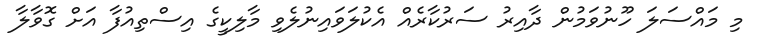
މި މައްސަލަ ހޫނުވަމުން ދާއިރު ސަރުކާރެއް އެކުލަވައިނުލެވި މާލިކީގެ އިސްތިއުފާ އަށް ގޮވާލާ